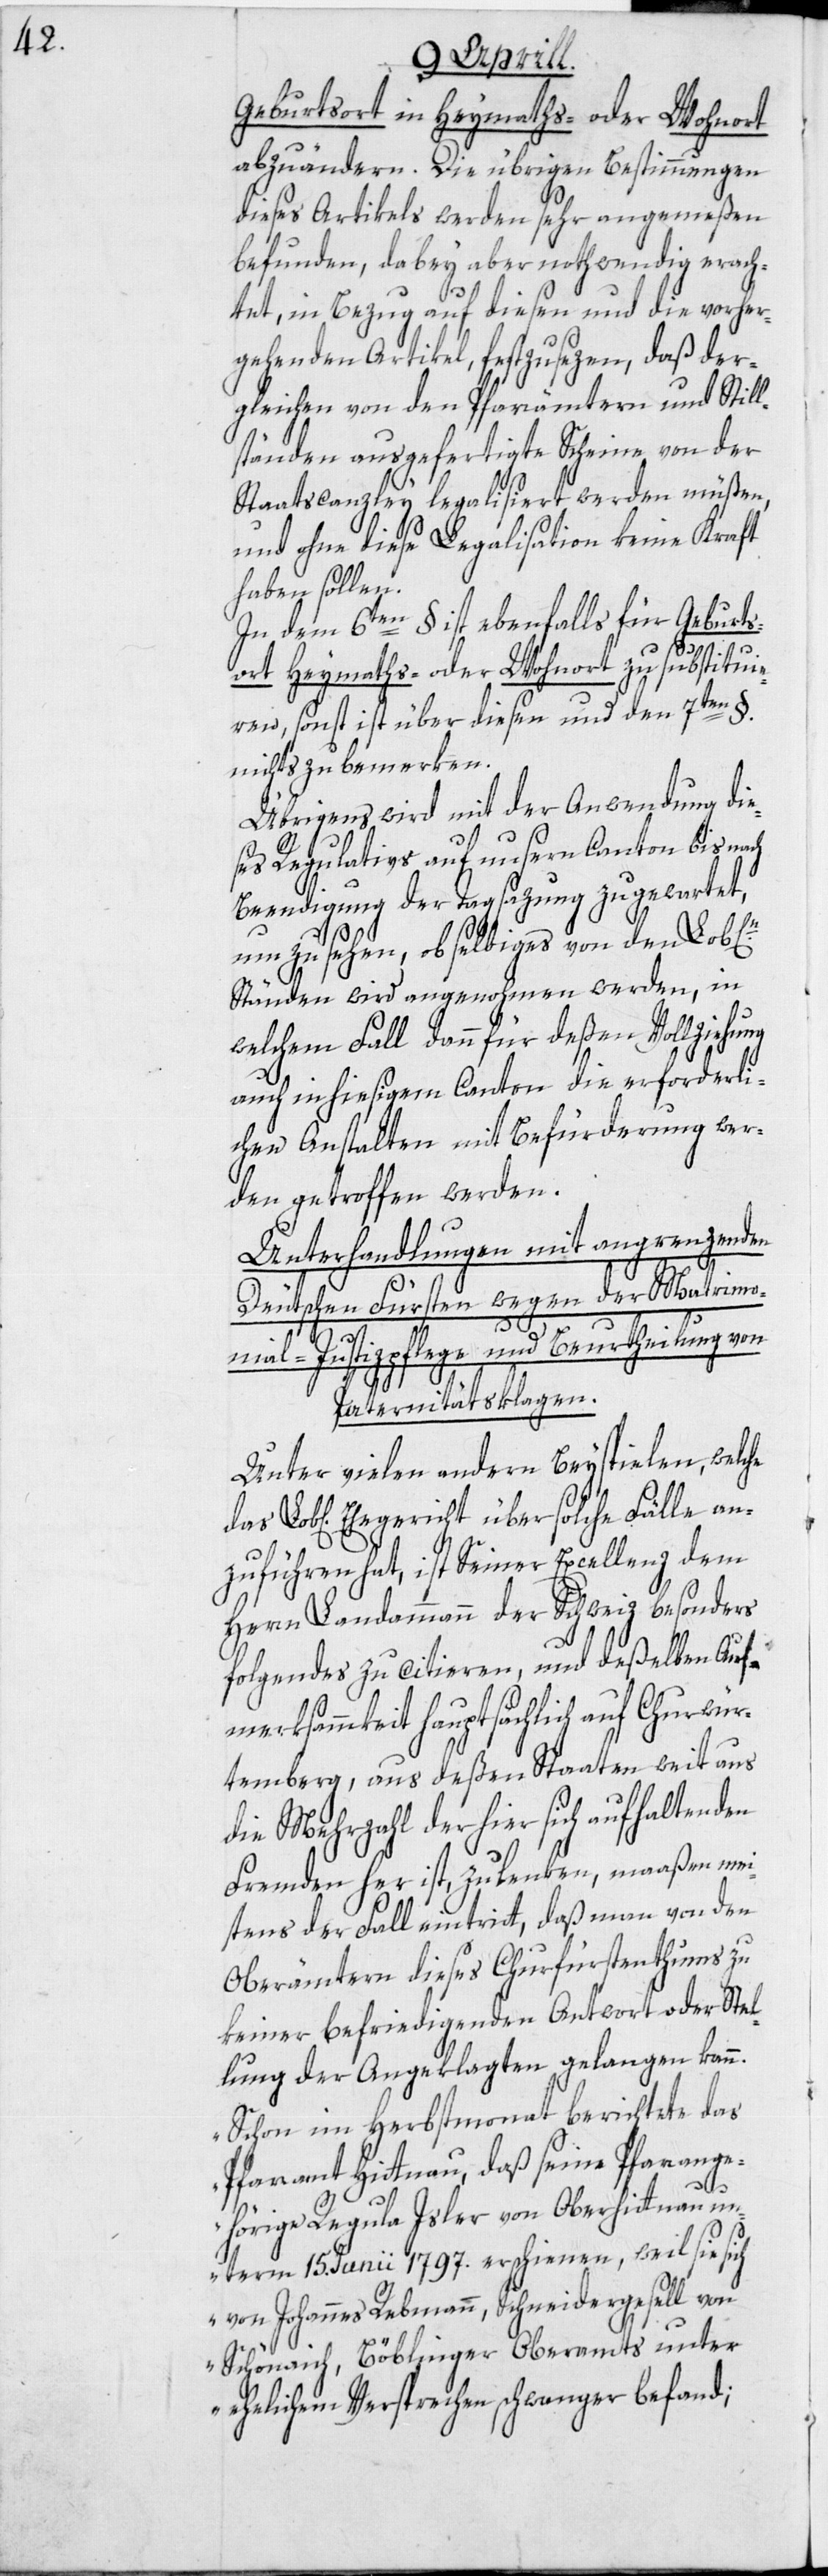
Geburtsort in Heymaths- oder Wohnort
abzuändern. Die übrigen Bestimmungen
dieses Artikels werden sehr angemeßen
befunden, dabey aber nothwendig erach¬
tet, in Bezug auf diesen und die vorher¬
gehenden Artikel, festzusezen, daß der¬
gleichen von den Pfarrämtern und Still¬
ständen ausgefertigte Scheine von der
Staatscanzley legalisiert werden müßen,
und ohne diese Legalisation keine Kraft
haben sollen.
In dem 6ten § ist ebenfalls für Geburts¬
ort Heymaths- oder Wohnort zu substituie¬
ren, sonst ist über diesen und den 7ten §.
nichts zu bemerken.
Übrigens wird mit der Anwendung die¬
ses Regulativs auf unsern Canton bis nach
Beendigung der Tagsazung zugewartet,
um zu sehen, ob selbiges von den Lob[li¬
Ständen wird angenohmen werden, in
welchem Fall dann für deßen Vollziehung
auch in hiesigem Canton die erforderli¬
chen Anstalten mit Befürderung wer¬
den getroffen werden.
Unterhandlungen mit angrenzenden
Deutschen Fürsten wegen der Matrimo¬
che]n.
nial-Justizpflege und Beurtheilung von
Paternitätsklagen.
Unter vielen andern Beyspielen, welche
Lob[liche] Ehegericht über solche Fälle an¬
zuführen hat, ist Seiner Excellenz dem
Herrn Landammann der Schweiz besonders
Folgendes zu citieren, und deßelben Auf¬
merksammkeit hauptsächlich auf Churwür¬
temberg, aus deßen Staaten weit aus
die Mehrzahl der hier sich aufhaltenden
Fremden her ist, zu lenken, maaßen mei¬
stens der Fall eintritt, daß man von den
Oberämtern dieses Churfürstenthums zu
keiner befriedigenden Antwort oder Stel¬
lung der Angeklagten gelangen kann.
„Schon im Herbstmonat berichtete das
Pfarramt Hittnau, daß seine Pfarrange¬
hörige Regula Isler von Oberhittnau, un¬
term 15. Junii 1797. erschienen, weil sie sich
von Johannes Rebmann, Schneidergesell von
Schönaich, Böblinger Oberamts, unter
ehelichem Versprechen schwanger befand;